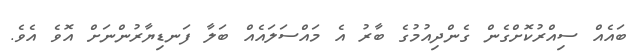
ބައެއް ސިއްރުކޮށްގެން ގެންދިއުމުގެ ބާރު އެ މައްސަލައެއް ބަލާ ފަނޑިޔާރުންނަށް އޮވެ އެވެ.